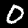
Digit: 0